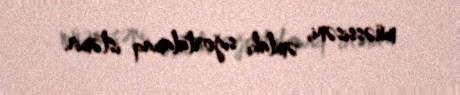
müəssisəni, əmlakı sığortalamaq istəmir.